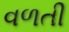
વળતી